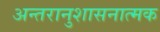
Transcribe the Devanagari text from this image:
अन्तरानुशासनात्मक